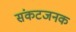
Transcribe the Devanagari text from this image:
संकटजनक